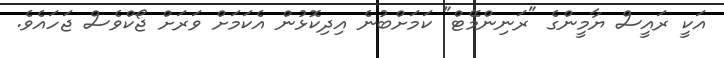
އަކީ ރައީސް ޔާމީންގެ "ރަނިންމޭޓް" ކަމަށްބުނެ އިދިކޮޅުން އެކަމަށް ވަރަށް ޖޯކްވެސް ޖަހައެވެ.